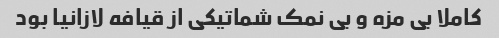
کاملا بی مزه و بی نمک شماتیکی از قیافه لازانیا بود